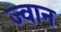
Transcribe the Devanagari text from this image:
ज्वान